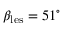
\beta _ { \mathrm { l e s } } = 5 1 ^ { \circ }